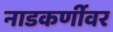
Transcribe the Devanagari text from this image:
नाडकर्णीवर